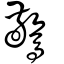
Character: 驚